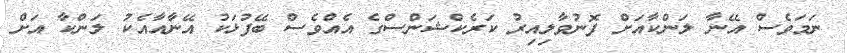
ނަމަވެސް އޭނާ ލަންކާއަށް ފޮނުވާލިއިރު ކަރެކްޝަންސްގެ އެއްވެސް ބޭފުޅަކު އޭނާއާއެކު ލަންކާ އަށް